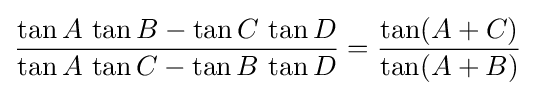
{\frac {\tan A\,\tan {B}-\tan C\,\tan D}{\tan A\,\tan C-\tan B\,\tan D}}={\frac {\tan(A+C)}{\tan(A+B)}}